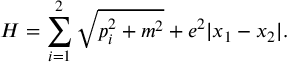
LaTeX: H = \sum _ { i = 1 } ^ { 2 } \sqrt { p _ { i } ^ { 2 } + m ^ { 2 } } + e ^ { 2 } | x _ { 1 } - x _ { 2 } | .